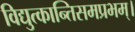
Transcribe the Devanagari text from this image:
विद्युत्कान्तिसमप्रभम्।